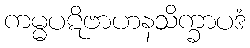
ကမ္မပဋိဗာဟနသိက္ခာပဒံ